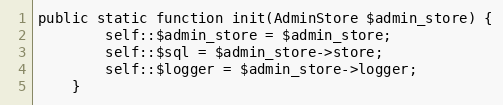
Language: PHP
public static function init(AdminStore $admin_store) {
		self::$admin_store = $admin_store;
		self::$sql = $admin_store->store;
		self::$logger = $admin_store->logger;
	}